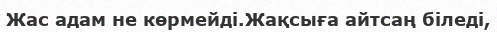
Жас адам не көрмейді.Жақсыға айтсаң біледі,